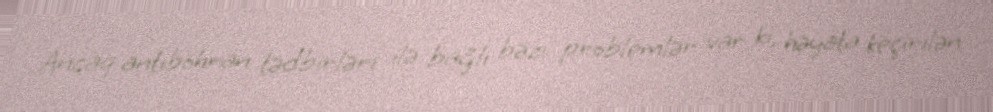
Ancaq antiböhran tədbirləri ilə bağlı bəzi problemlər var ki, həyata keçirilən